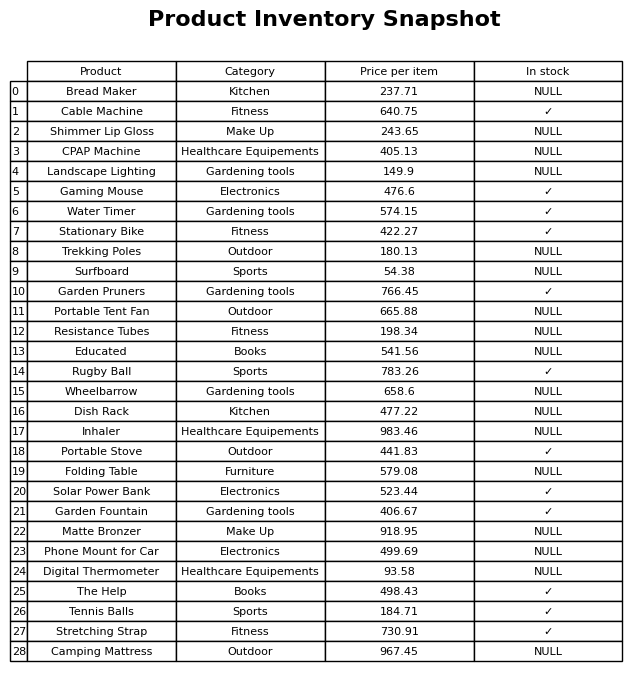
question: What is the price for Resistance Tubes?
answer: The price of Resistance Tubes is 198.34.